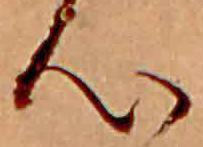
心